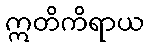
ဣတိကိရာယ